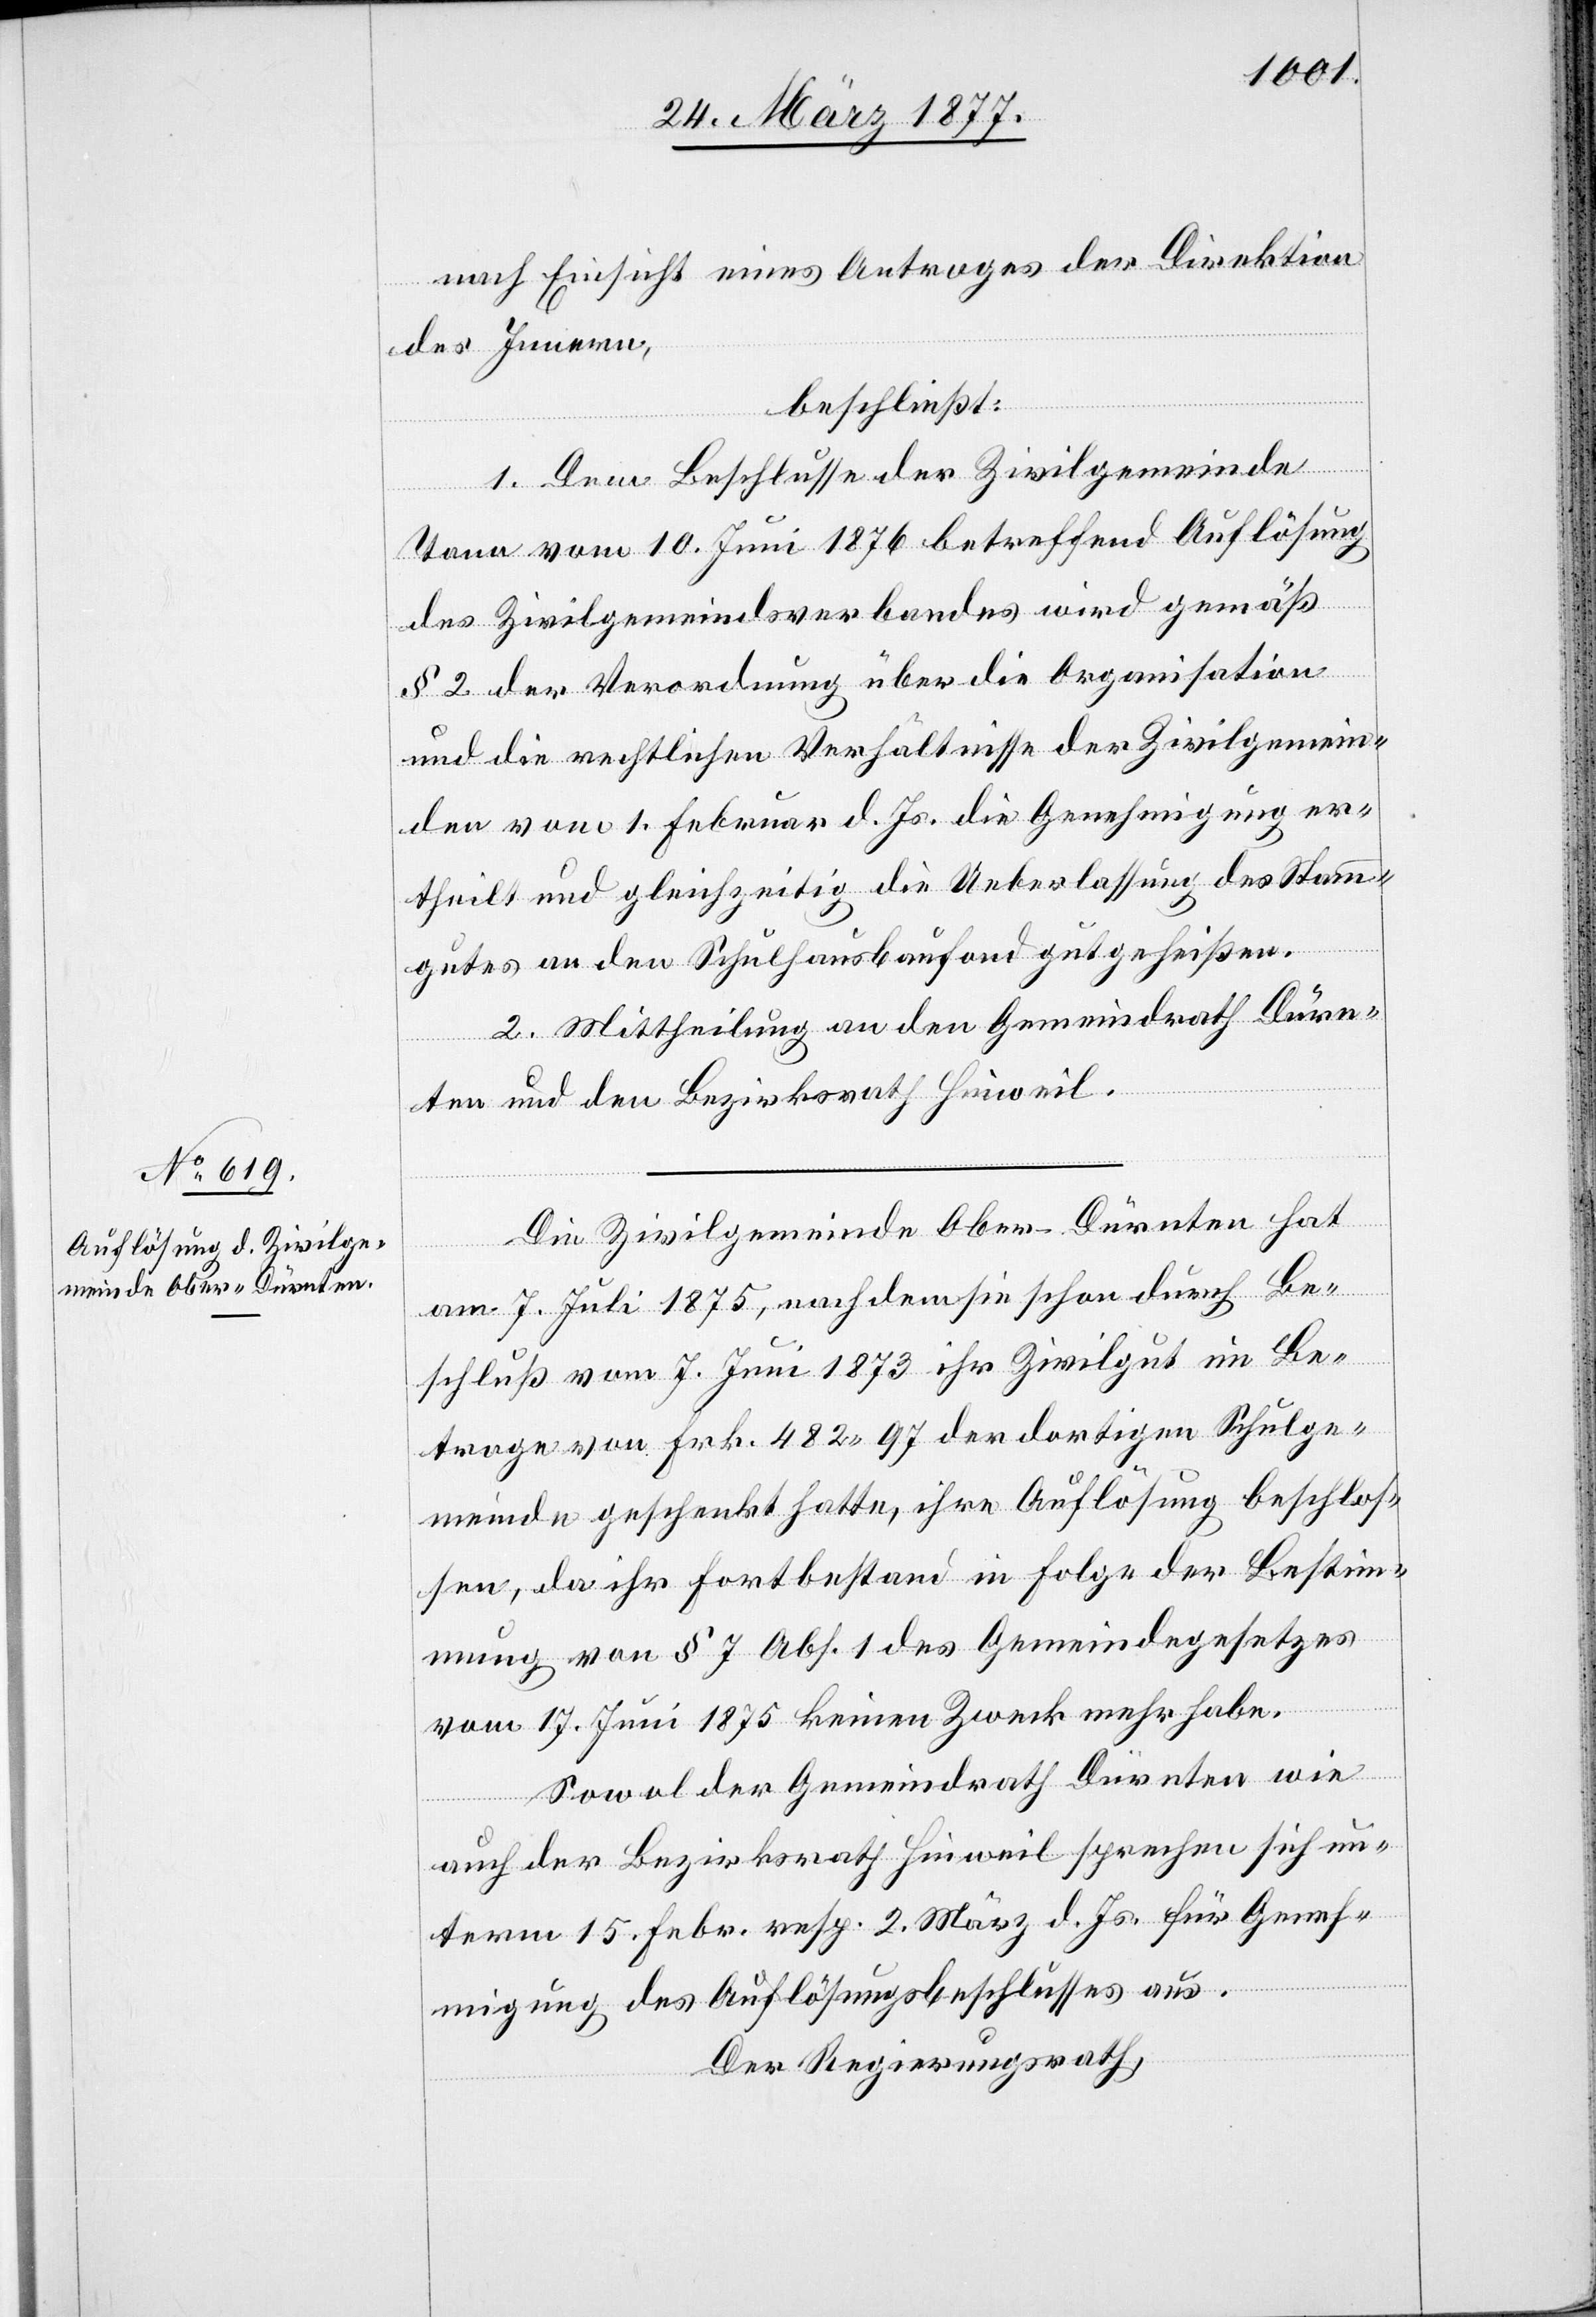
nach Einsicht eines Antrages der Direktion
des Innern,
beschließt:
1. Dem Beschlusse der Zivilgemeinde
Tann vom 10. Juni 1876 betreffend Auflösung
des Zivilgemeindsverbandes wird gemäß
§ 2 der Verordnung über die Organisation
und die rechtlichen Verhältnisse der Zivilgemein¬
den vom 1. Februar d. Js. die Genehmigung er¬
theilt und gleichzeitig die Ueberlassung des Stam¬
m¬
gutes an den Schulhausbaufond gutgeheißen.
2. Mittheilung an den Gemeindrath Dürn¬
ten und den Bezirksrath Hinweil.
Die Zivilgemeinde Ober-Dürnten hat
am 7. Juli 1875, nachdem sie schon durch Be¬
schluß vom 7. Juni 1873 ihr Zivilgut im Be¬
trage von Frk. 482 97 der dortigen Schulge¬
meinde geschenkt hatte, ihre Auflösung beschlos¬
sen, da ihr Fortbestand in Folge der Bestim¬
mung von § 7 Abs. 1 des Gemeindegesetzes
vom 17. Juni 1875 keinen Zweck mehr habe.
Sowol der Gemeindrath Dürnten wie
auch der Bezirksrath Hinweil sprechen sich un¬
term 15. Febr. resp. 2. März d. Js. für Geneh¬
migung des Auflösungsbeschlusses aus.
Der Regierungsrath,